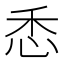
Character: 𢘳